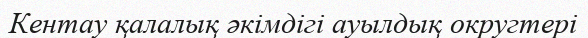
Кентау қалалық әкімдігі ауылдық округтері